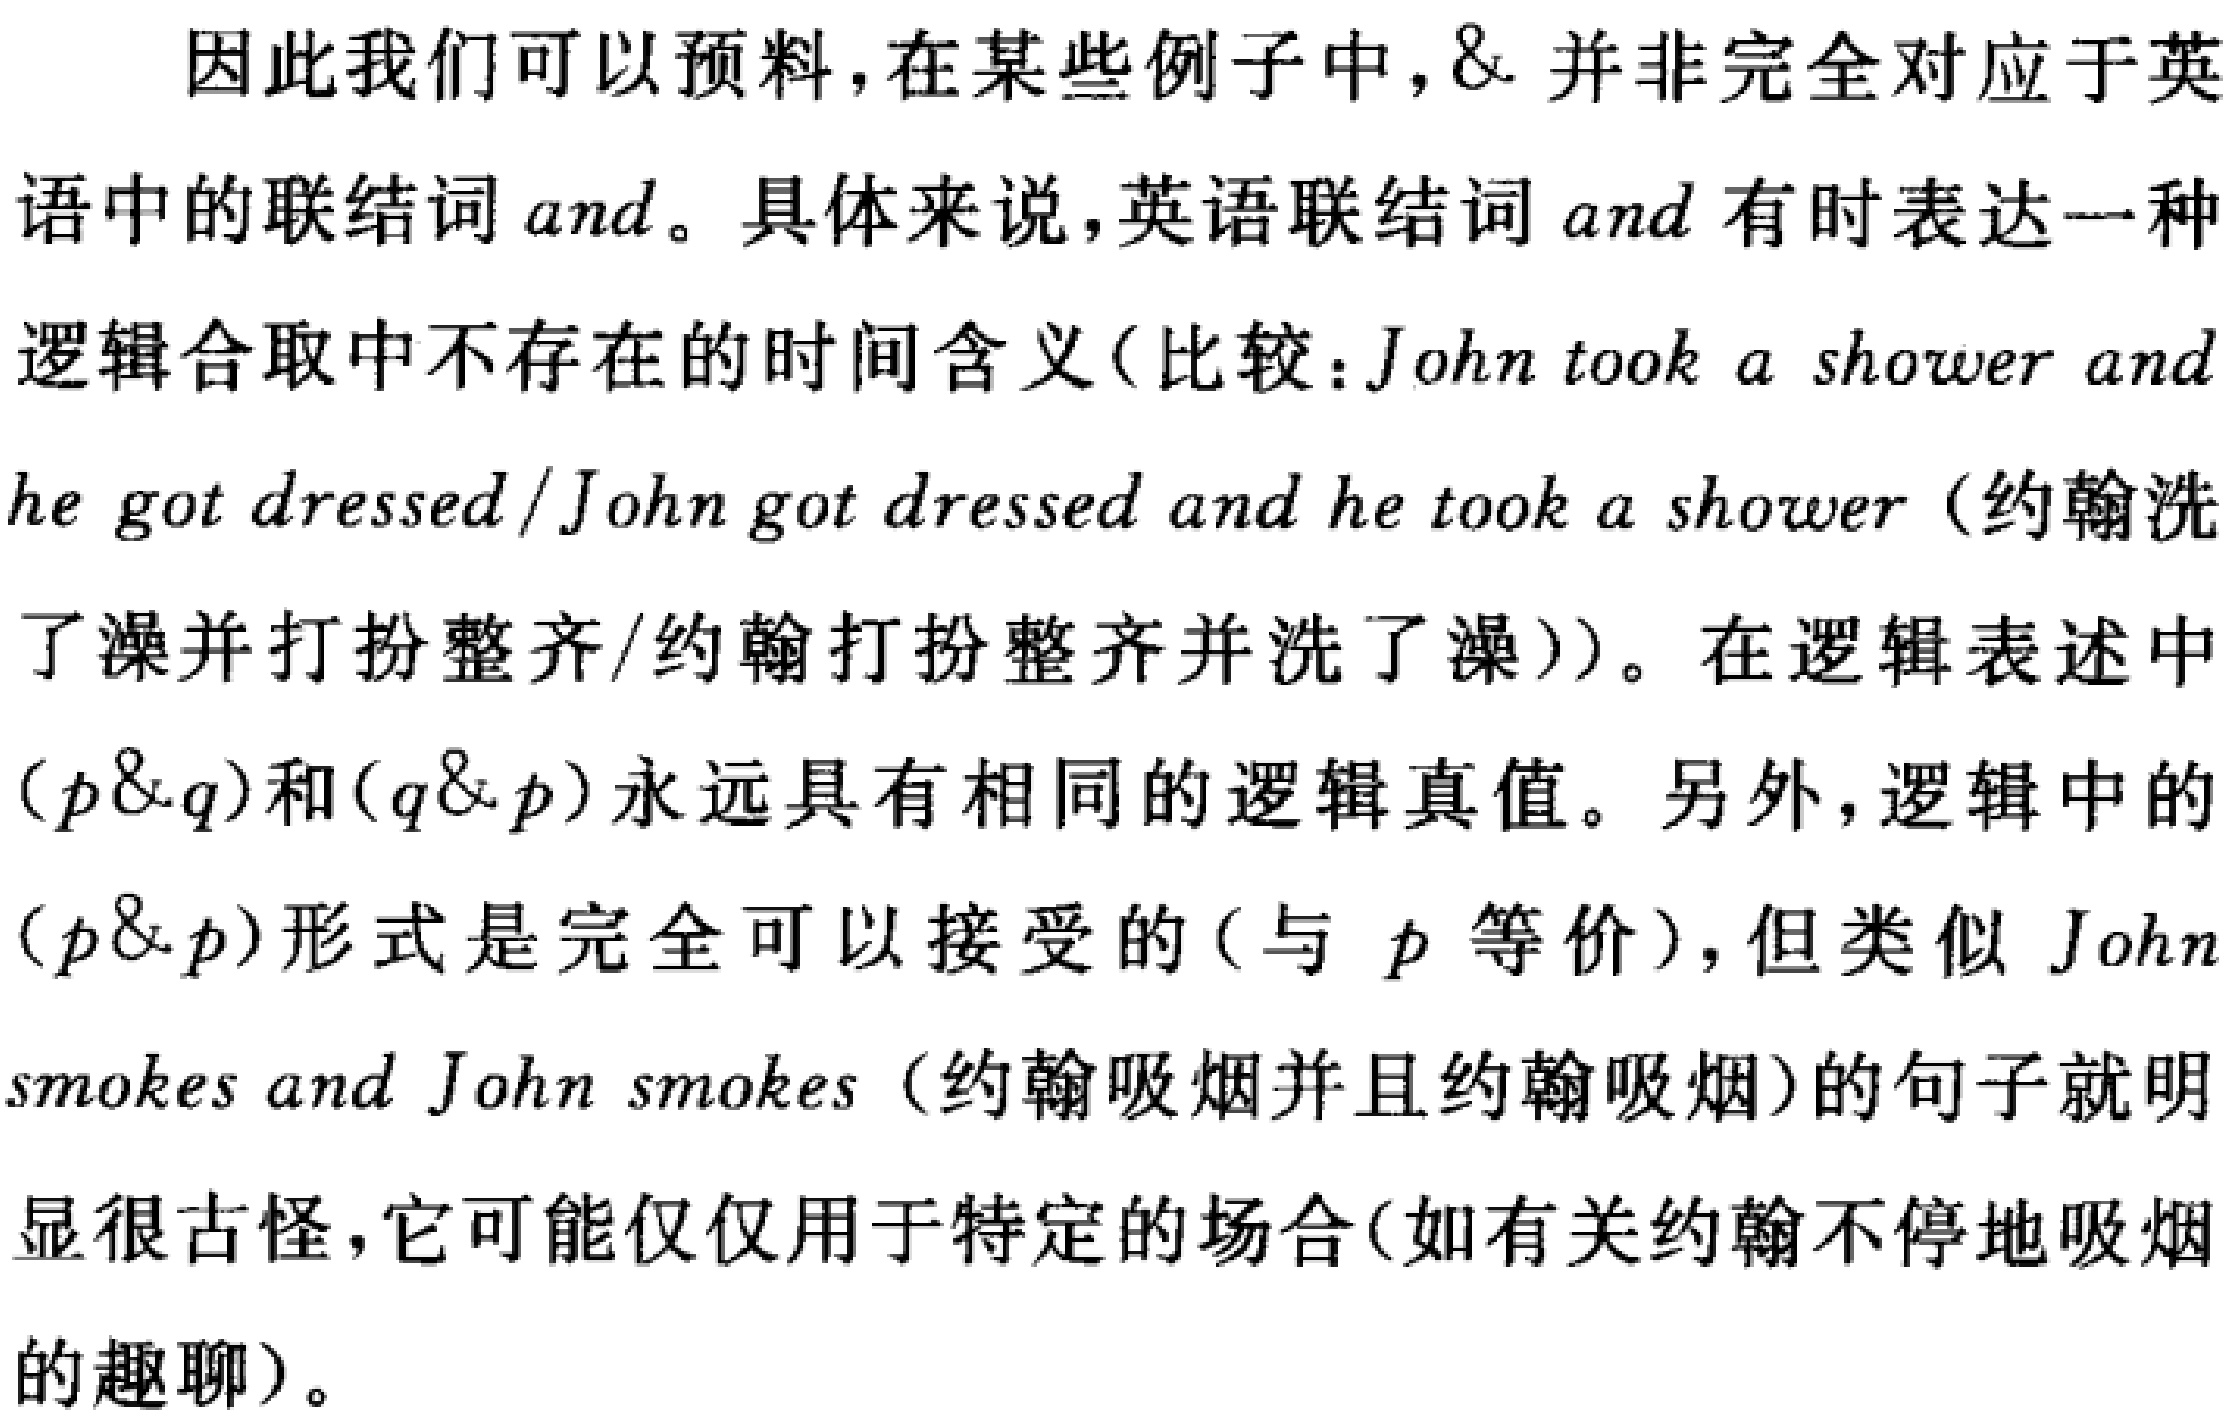
因此我们可以预料，在某些例子中，\& 并非完全对应于英语中的联结词 and。具体来说，英语联结词 and 有时表达一种逻辑合取中不存在的时间含义（比较：John took a shower and he got dressed/John got dressed and he took a shower（约翰洗了澡并打扮整齐/约翰打扮整齐并洗了澡））。在逻辑表述中$(p\&q)$和$(q\&p)$永远具有相同的逻辑真值。另外，逻辑中的$(p\&p)$形式是完全可以接受的（与 $p$ 等价），但类似 John smokes and John smokes（约翰吸烟并且约翰吸烟）的句子就明显很古怪，它可能仅仅用于特定的场合（如有关约翰不停地吸烟的趣聊）。